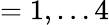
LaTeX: =1,\ldots 4